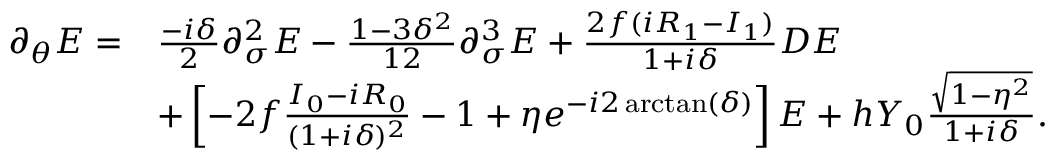
\begin{array} { r l } { \partial _ { \theta } E = } & { \frac { - i \delta } { 2 } \partial _ { \sigma } ^ { 2 } E - \frac { 1 - 3 \delta ^ { 2 } } { 1 2 } \partial _ { \sigma } ^ { 3 } E + \frac { 2 f ( i R _ { 1 } - I _ { 1 } ) } { 1 + i \delta } D E } \\ & { + \left[ - 2 f \frac { I _ { 0 } - i R _ { 0 } } { ( 1 + i \delta ) ^ { 2 } } - 1 + \eta e ^ { - i 2 \arctan ( \delta ) } \right] E + h Y _ { 0 } \frac { \sqrt { 1 - \eta ^ { 2 } } } { 1 + i \delta } . } \end{array}